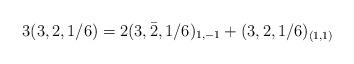
LaTeX: \begin{align*} 3(3,2,1/6)= 2(3,\bar 2,1/6)_{1,-1}+ (3, 2,1/6)_{(1,1)}\end{align*}